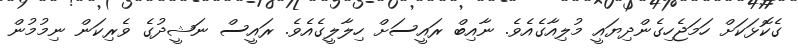
ގެކޮޅަކަށް ހަމަޖެހިގެންދިޔައީ މުލިއާގެއެވެ. ނާއިބް ރައީސަށް ހިލާލީގެއެވެ. ރައީސް ނަޝީދުގެ ވެރިކަން ނިމުމުން